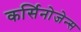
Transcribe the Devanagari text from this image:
कर्सिनोजेन्स